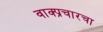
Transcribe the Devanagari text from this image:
वाक्प्रचारचा